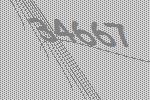
34667